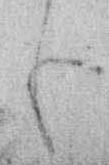
も